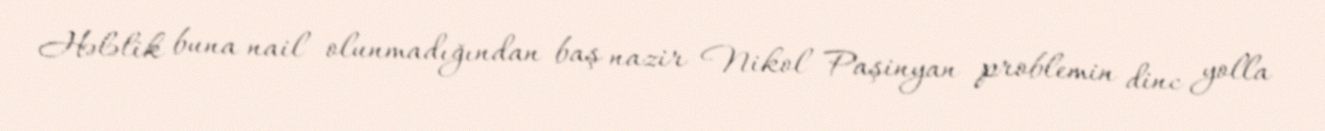
Hələlik buna nail olunmadığından baş nazir Nikol Paşinyan problemin dinc yolla